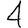
Digit: 4